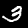
Label: 3